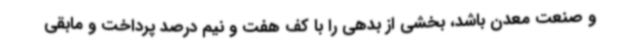
و صنعت معدن باشد، بخشی از بدهی را با کف هفت و نیم درصد پرداخت و مابقی